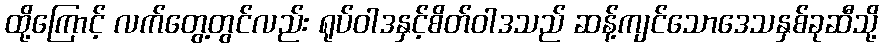
ထို့ကြောင့် လက်တွေ့တွင်လည်း ရုပ်ဝါဒနှင့်စိတ်ဝါဒသည် ဆန့်ကျင်သောဒေသနှစ်ခုဆီသို့